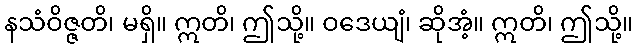
နသံဝိဇ္ဇတိ၊ မရှိ။ ဣတိ၊ ဤသို့။ ဝဒေယျံ၊ ဆိုအံ့။ ဣတိ၊ ဤသို့။